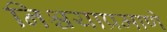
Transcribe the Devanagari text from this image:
निश्चयाप्रमाणे